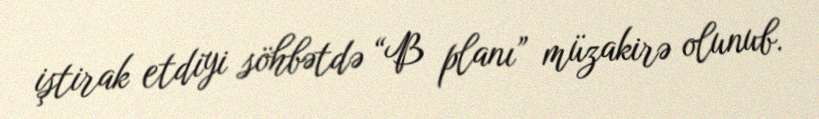
iştirak etdiyi söhbətdə “B planı” müzakirə olunub.